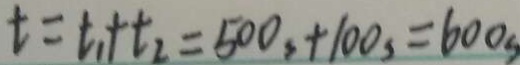
t = t _ { 1 } + t _ { 2 } = 5 0 0 s + 1 0 0 _ { s } = 6 0 0 s